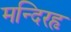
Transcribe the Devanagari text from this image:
मन्दिरहृ